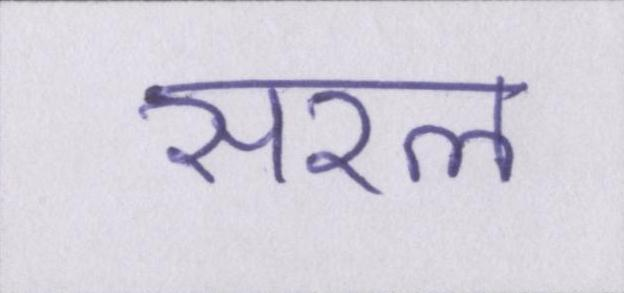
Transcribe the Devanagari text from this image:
सरल